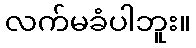
လက်မခံပါဘူး။